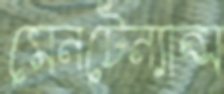
মেনটেন্যান্স